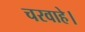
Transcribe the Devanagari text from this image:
चरवाहे।